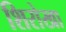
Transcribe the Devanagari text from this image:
शिरोखा